Civil Veterinary Department. Madras. Admin. report 1910-25 - 1910-1925
Year: 1910
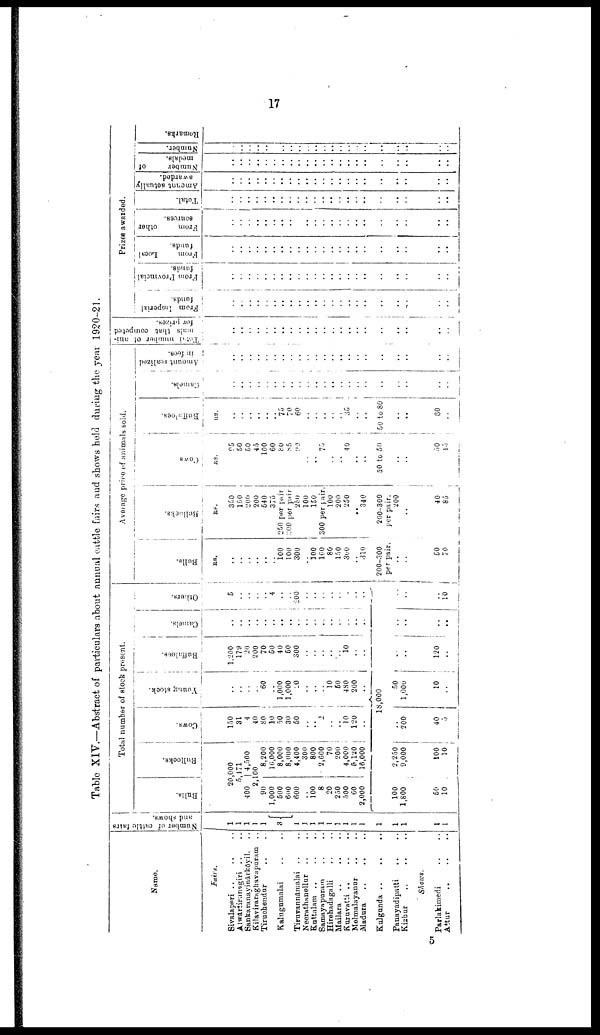
17
Table XIV.—Abstract of particulars about annual cattle fairs and shows held during the year 1920-21.
Name.
Fairs.
Sivalaperi .. .. ..
Alwartirunagiri .. ..
Sankaranayinārkōyil. ..
Kilaviraraghavapuram
..
Tiruchendur .. ..
Kalugumalai .. ..
Tiruvannāmalai .. ..
Neerathanellur .. ..
Kuttalam .. .. ..
Samayapuram .. ..
Hirehadagalli .. ..
Mailara .. .. ..
Kuruvatti .. .. ..
Melmalayanur .. ..
Madura
Kulgunda
..
..
..
Panayadipatti .. ..
Kizhur .. .. ..
Shows.
Parlakimedi .. ..
Attur
..
..
..
Number of cattle fairs
and shows.
1
1
1
1
1
3
1
1
1
1
1
1
1
1
1
1
1
1
1
1
Bulls.
20
5
400
2,
90
1,000
500
600
600
100
8
20
250
500
60
2,000
100
1,800
50
10
Total number of stock present.
Bullocks.
,000
,171
| 4,500
00
8,200
16,000
8,000
8,000
4,400
300
800
2,600
70
200
4,000
5,120
16,000
2,250
9,000
100
10
Cows.
150
31
4
40
80
10
50
30
50
2
..
.. 10
i
120
i
Young stock.
..
..
60
1,000
1,000
20
..
i
10
50
|
480
200
A
18,000
..
200
40
5
50
1,000
10
Buffaloes.
1,200
179
20
200
70
50
40
50
300
10
..
..
120
Camels.
..
..
..
..
..
..
..
..
..
..
...
..
..
..
.. ..
..
.. ..
....
..
..
..
Others.
5
..
..
4
200
.
i
..
10
Bulls.
as.
..
..
100 100
300
100 1G0
80
150
300
310
200-300
per pair.
..
50
70
Average price of animals sold.
Bullocks.
Be.
350
150
200
200
540
375
250 per pair
300 per pair
250
100
150
300 per pair.
100
200
250
..
340
200-300
per pair.
200
40
85
Cows
RS.
95
50
50
45
100
60
80
85
90
..
..
75
....
40
..
..
30 to 50
..
..
..
..
50
45
Buffaloes.
RS.
..
..
..
..
..
..
70
60
..
..
..
..
.. 35
..
..
50 to 80
..
..
..
..
60
..
Camels.
..
..
..
..
Amount realized
in fees.
..
..
....
....
....
..
..
....
..
..
..
..
..
..
..
..
..
..
..
..
..
..
..
Total
number of ani
mals that competed
for prizes.
..
..
..
..
..
..
..
..
..
..
..
..
..
..
..
..
..
..
..
..
....
....
..
From Imperial
funds.
..
........
..
..
..
..
..
..
..
..
..
..
..
..
..
..
..
....
..
..
..
....
..
..
..
From Provincial
funds.
..
....
..
..
..
..
..
..
..
..
..
..
..
..
..
..
..
..
..
..
..
Prizes awarded.
From
Local
funds.
..
....
..
..
..
..
..
..
..
..
..
..
..
..
..
..
..
..
..
..
..
..
..
..
..
From
other
sources.
..
..
..
..
..
..
..
..
..
..
..
..
..
..
..
..
..
..
..
..
..
....
..
Total.
..
....
..
..
..
..
..
..
..
..
..
..
..
..
..
..
..
..
..
..
..
..
..
..
..
Amount actually
awarded.
..
..
..
..
..
..
..
..
..
..
..
..
..
..
..
..
..
..
..
..
..
..
..
Number
of
medals.
....
..
..
....
..
..
..
....
..
..
..
..
....
..
..
..
..
..
..
..
..
..
..
..
Number.
..
..
..
..
..
..
..
..
..
..
..
..
..
..
..
..
..
..
..
..
....
..
..
..
Remarks.
5